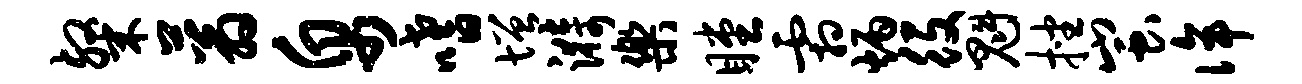
粲蓊帛嗜增漪乐瞠霜炳役魁挫蚩侔